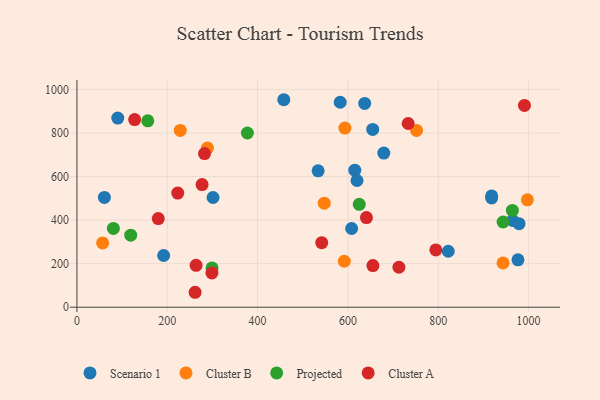
{"axis": {"x": "Experience", "y": "Sales"}, "legend": ["Cluster A", "Cluster B", "Projected", "Scenario 1"], "data": [{"x": "608.2", "y": 361.7, "type": "Scenario 1"}, {"x": "192.0", "y": 237.6, "type": "Scenario 1"}, {"x": "964.5", "y": 398.5, "type": "Scenario 1"}, {"x": "918.2", "y": 501.7, "type": "Scenario 1"}, {"x": "978.9", "y": 383.8, "type": "Scenario 1"}, {"x": "60.8", "y": 504.5, "type": "Scenario 1"}, {"x": "615.2", "y": 629.6, "type": "Scenario 1"}, {"x": "301.4", "y": 504.0, "type": "Scenario 1"}, {"x": "679.5", "y": 708.0, "type": "Scenario 1"}, {"x": "918.2", "y": 511.1, "type": "Scenario 1"}, {"x": "458.0", "y": 953.1, "type": "Scenario 1"}, {"x": "654.9", "y": 816.6, "type": "Scenario 1"}, {"x": "976.5", "y": 217.8, "type": "Scenario 1"}, {"x": "620.1", "y": 582.2, "type": "Scenario 1"}, {"x": "534.0", "y": 626.6, "type": "Scenario 1"}, {"x": "822.1", "y": 257.1, "type": "Scenario 1"}, {"x": "637.1", "y": 936.3, "type": "Scenario 1"}, {"x": "582.9", "y": 941.6, "type": "Scenario 1"}, {"x": "90.4", "y": 868.9, "type": "Scenario 1"}, {"x": "943.4", "y": 203.6, "type": "Cluster B"}, {"x": "997.3", "y": 493.2, "type": "Cluster B"}, {"x": "228.8", "y": 811.9, "type": "Cluster B"}, {"x": "289.0", "y": 731.2, "type": "Cluster B"}, {"x": "751.9", "y": 812.0, "type": "Cluster B"}, {"x": "56.9", "y": 295.4, "type": "Cluster B"}, {"x": "547.6", "y": 478.1, "type": "Cluster B"}, {"x": "593.3", "y": 823.0, "type": "Cluster B"}, {"x": "592.0", "y": 211.1, "type": "Cluster B"}, {"x": "119.1", "y": 330.8, "type": "Projected"}, {"x": "299.2", "y": 180.4, "type": "Projected"}, {"x": "80.7", "y": 362.1, "type": "Projected"}, {"x": "377.4", "y": 800.3, "type": "Projected"}, {"x": "964.1", "y": 444.8, "type": "Projected"}, {"x": "943.5", "y": 391.5, "type": "Projected"}, {"x": "625.1", "y": 472.5, "type": "Projected"}, {"x": "156.9", "y": 856.1, "type": "Projected"}, {"x": "641.0", "y": 411.8, "type": "Cluster A"}, {"x": "277.1", "y": 563.2, "type": "Cluster A"}, {"x": "733.4", "y": 843.8, "type": "Cluster A"}, {"x": "298.9", "y": 157.3, "type": "Cluster A"}, {"x": "794.6", "y": 263.3, "type": "Cluster A"}, {"x": "542.0", "y": 296.5, "type": "Cluster A"}, {"x": "127.8", "y": 861.7, "type": "Cluster A"}, {"x": "223.2", "y": 524.5, "type": "Cluster A"}, {"x": "261.6", "y": 68.7, "type": "Cluster A"}, {"x": "180.1", "y": 407.3, "type": "Cluster A"}, {"x": "990.8", "y": 927.1, "type": "Cluster A"}, {"x": "263.8", "y": 192.4, "type": "Cluster A"}, {"x": "712.9", "y": 183.7, "type": "Cluster A"}, {"x": "282.5", "y": 705.9, "type": "Cluster A"}, {"x": "655.3", "y": 191.4, "type": "Cluster A"}]}